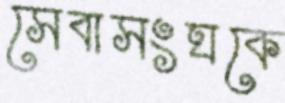
সেবাসংঘকে